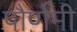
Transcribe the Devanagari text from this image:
पौर्णमी